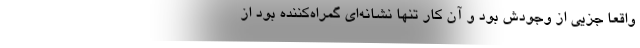
واقعاً جزیی از وجودش بود و آن کار تنها نشانه‌ای گمراه‌کننده بود از